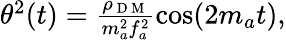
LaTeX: \begin{array}{r}{\theta^{2}(t)=\frac{\rho_{\mathrm{~D~M~}}}{m_{a}^{2}f_{a}^{2}}\cos(2m_{a}t),}\end{array}